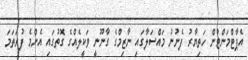
އެޕާޓްމަންޓުން ހަތިޔާރު ފެނުނު މައްސަލާގައި ނާޒިމްގެ ގާނޫނީ ވަކީލެއްގެ ގޮތުގައި އެންމެ ފުރަތަމަ